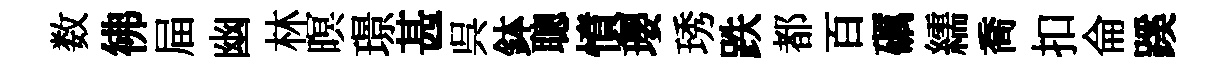
数彿屇幽林暝璟甚呉鉢聰憤瓔琇跌都百礪繻喬扣侖蹊